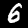
Digit: 6